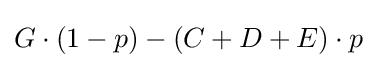
G\cdot (1-p)-(C+D+E)\cdot p